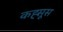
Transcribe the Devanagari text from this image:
कह्सूस